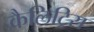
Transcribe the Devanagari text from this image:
कैलिट्रिस